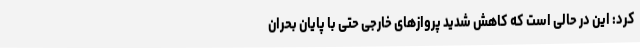
کرد: این در حالی است که کاهش شدید پروازهای خارجی حتی با پایان بحران